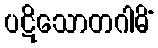
ပဋိသောတဂါမိံ